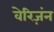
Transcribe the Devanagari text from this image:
वेरिज़ंन